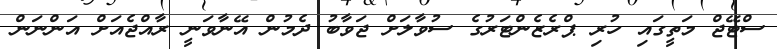
ސްޓޭޖް މަތީގައި ހުރި ޕްރެޒެންޓަރުގެ ސުވާލަށް ޖަވާބު ދެމުން އޭނާވަނީ ރާއްޖެއަށް އަންނަން